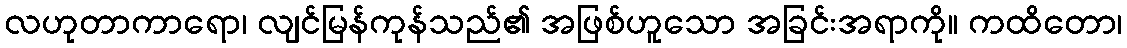
လဟုတာကာရော၊ လျင်မြန်ကုန်သည်၏ အဖြစ်ဟူသော အခြင်းအရာကို။ ကထိတော၊